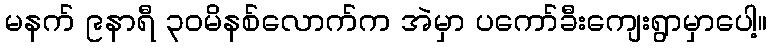
မနက် ၉နာရီ ၃ဝမိနစ်လောက်က အဲမှာ ပကော်ခီးကျေးရွာမှာပေါ့။